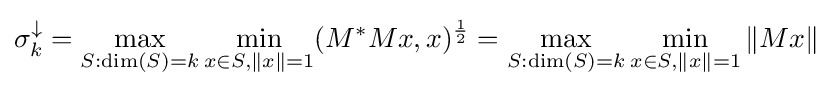
\sigma _{k}^{\downarrow }=\max _{S:\dim(S)=k}\min _{x\in S,\|x\|=1}(M^{*}Mx,x)^{\frac {1}{2}}=\max _{S:\dim(S)=k}\min _{x\in S,\|x\|=1}\|Mx\|